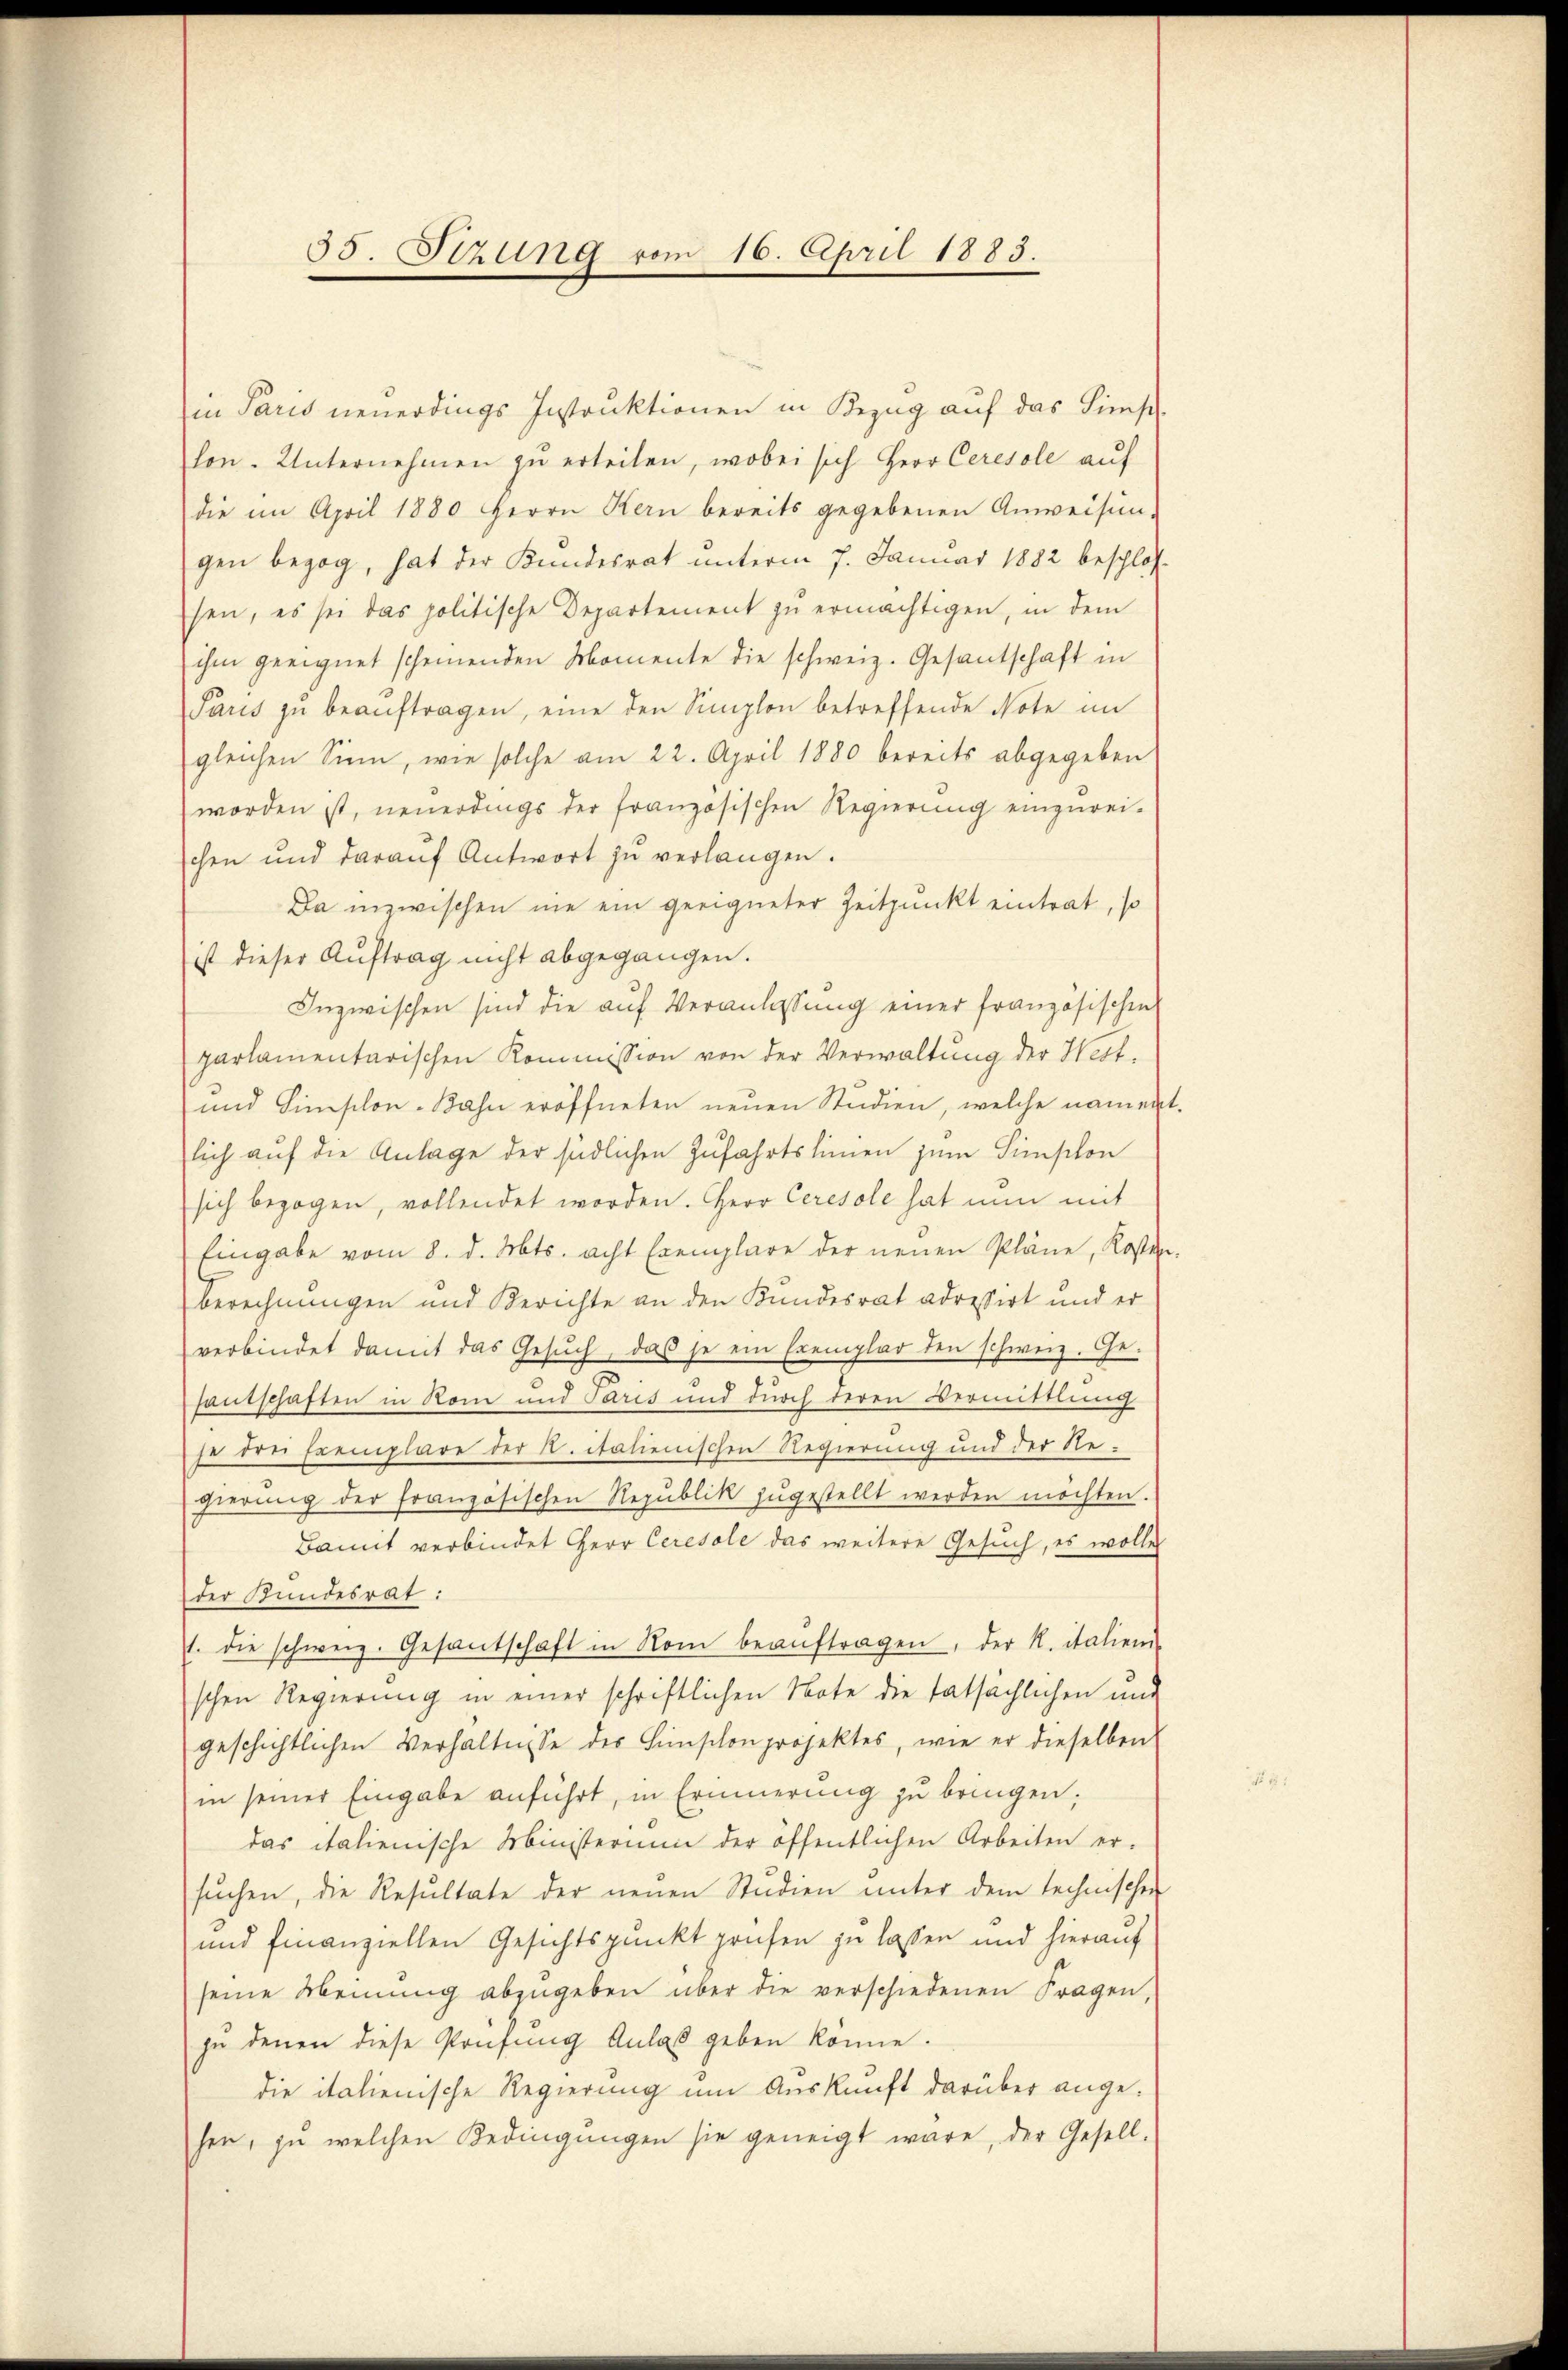
35. Sitzung vom 16. April 1883.

ein Paris neuerdings Instruktionen in Bezug auf das Sims
hon. Unternehmen zŭ erteilen, wobei sich Herr Ceresole aŭf
die im April 1880 Herrn Kern bereits gegebenen Anweisun-
gen bezog, hat der Kundesrat unterm 7. Januar 1882 beschloss
sen, es sei das politische Departement zŭ ermächtigen, in dem
ihm geeignet scheinenden Momente die schweiz. Gesantschaft in
Paris zŭ beaŭftragen, eine den Simplon betreffende Note im
gleichen Sinn, wie solche am 22. April 1880 bereits abgegeben
worden ist, neuerdings der französischen Regierung einzurei-
schen und darauf Antwort zu verlangen.
Da inzwischen nie ein geeigneter Zeitpunkt eintrat, so
ist dieser Auftrag nicht abgegangen.
Inzwischen sind die auf Veranlassung einer französischen
parlamentarischen Kommission von der Verwaltung der Hert.
und Hinschon-Bahn eröffneten neuen Studien, welche namen
lich auf die Anlage der südlichen Zufahrtslinien zum Simplon
sich bezogen, vollendet worden. Herr Ceresole hat nun mit
Eingabe vom 8. d. Mts. acht Exemplare der neuen Pläne, Kosten
berechnungen und Berichte an den Kundesrat adressirt und er
verbindet damit das Gesŭch, das je ein Exemplar den schweiz. Ge-
santschaften in Rom und Paris und durch deren Vermittlung
je drei Exemplare der R. italienischen Regierung und der Regierŭng der französischen Republik zŭgestellt werden möchten.
Bamit verbindet Herr Ceresole das weitere Gesuch, es wolle
der Kundesrat:
1. die schweiz. Gesandschaft in Rom beaŭftragen, der K. italien-
schen Regierung in einer schriftlichen Note die tatsächlichen und
geschichtlichen Verhältnisse des Hinschon projektes, wie er dieselben
in seiner Eingabe anführt, in Erinnerung zu bringen;
das italienische Ministerium der öffentlichen Arbeiten er-
sŭchen, die Resultate der neŭen Studien ŭnter dem technischen
und finanziellen Gesichtspunkt prüfen zu lassen und hierauf
seine Meinung abzugeben über die verschiedenen Fragen,
zŭ denen diese Prüfŭng Anlaβ geben könne.
die italienische Regierung um Auskunft darüber angehen, zŭ welchen Bedingŭngen sie geneigt wäre, der Gesell-